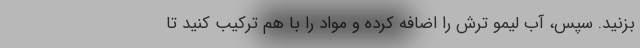
بزنید. سپس، آب لیمو ترش را اضافه کرده و مواد را با هم ترکیب کنید تا